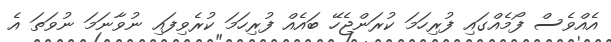
އެއްވެސް ފޯމެއްގައި ފުރިހަމަ ކުރަންޖެހޭ ބައެއް ފުރިހަމަ ކުރެވިފައި ނުވާނަމަ ނުވަތަ އެ